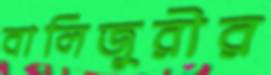
বালিজুরীর